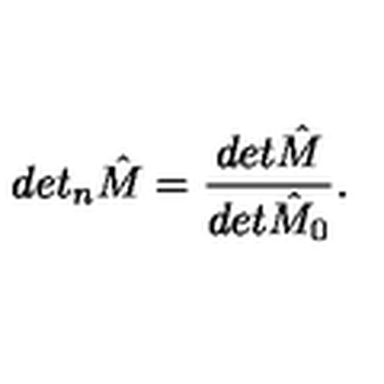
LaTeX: d e t _ { n } { \hat { M } } = \frac { d e t { \hat { M } } } { d e t { \hat { M } _ { 0 } } } .